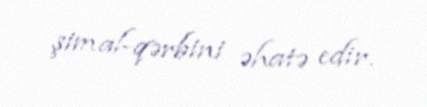
şimal-qərbini əhatə edir.